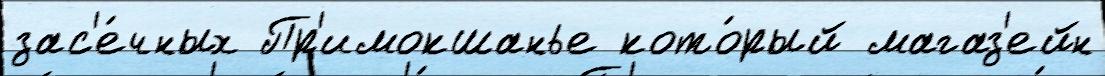
зас'е́чных Пр'имокшанье кото́рый магаз'ейн